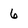
Character: 6